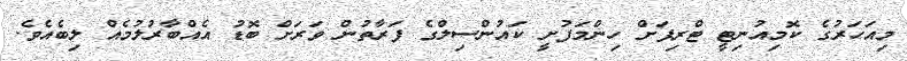
މިއަހަރުގެ ކޮމިއުނިޓީ ޓްރިޕަށް ހިންމަފުށީ ކައުންސިލްގެ ފަރާތުން ވަރަށް ބޮޑު އެއްބާރުލުމެއް ލިބެއެވެ.